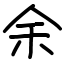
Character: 余